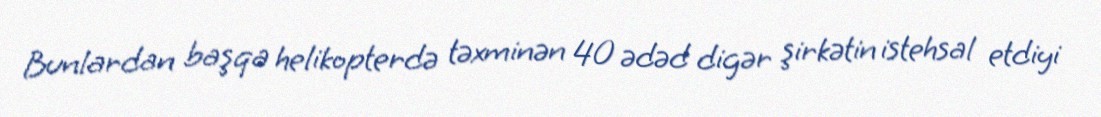
Bunlardan başqa helikopterdə təxminən 40 ədəd digər şirkətin istehsal etdiyi